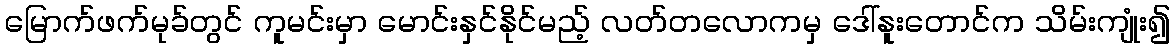
မြောက်ဖက်မုခ်တွင် ကူမင်းမှာ မောင်းနှင်နိုင်မည့် လတ်တလောကမှ ဒေါ်နူးတောင်က သိမ်းကျုံး၍